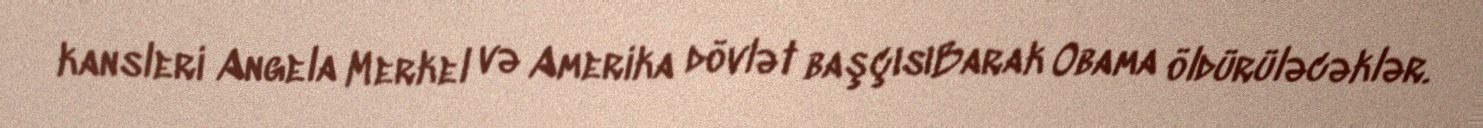
kansleri Angela Merkel və Amerika dövlət başçısıBarak Obama öldürüləcəklər.